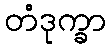
တံဒုက္ခာ